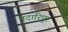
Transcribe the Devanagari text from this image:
मदारिपुर